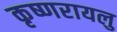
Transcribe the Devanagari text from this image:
कृष्णरायलु